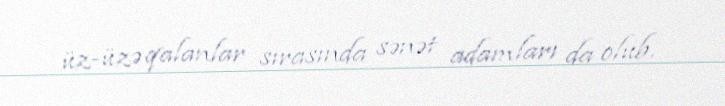
üz-üzə qalanlar sırasında sənət adamları da olub.